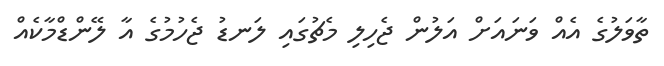
ތާވަލުގެ އެއް ވަނައަށް އަލުން ޖެހިލި މެޗުގައި ލަނޑު ޖެހުމުގެ އާ ލޭންޑްމާކެއް